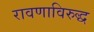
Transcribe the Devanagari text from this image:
रावणाविरुद्ध